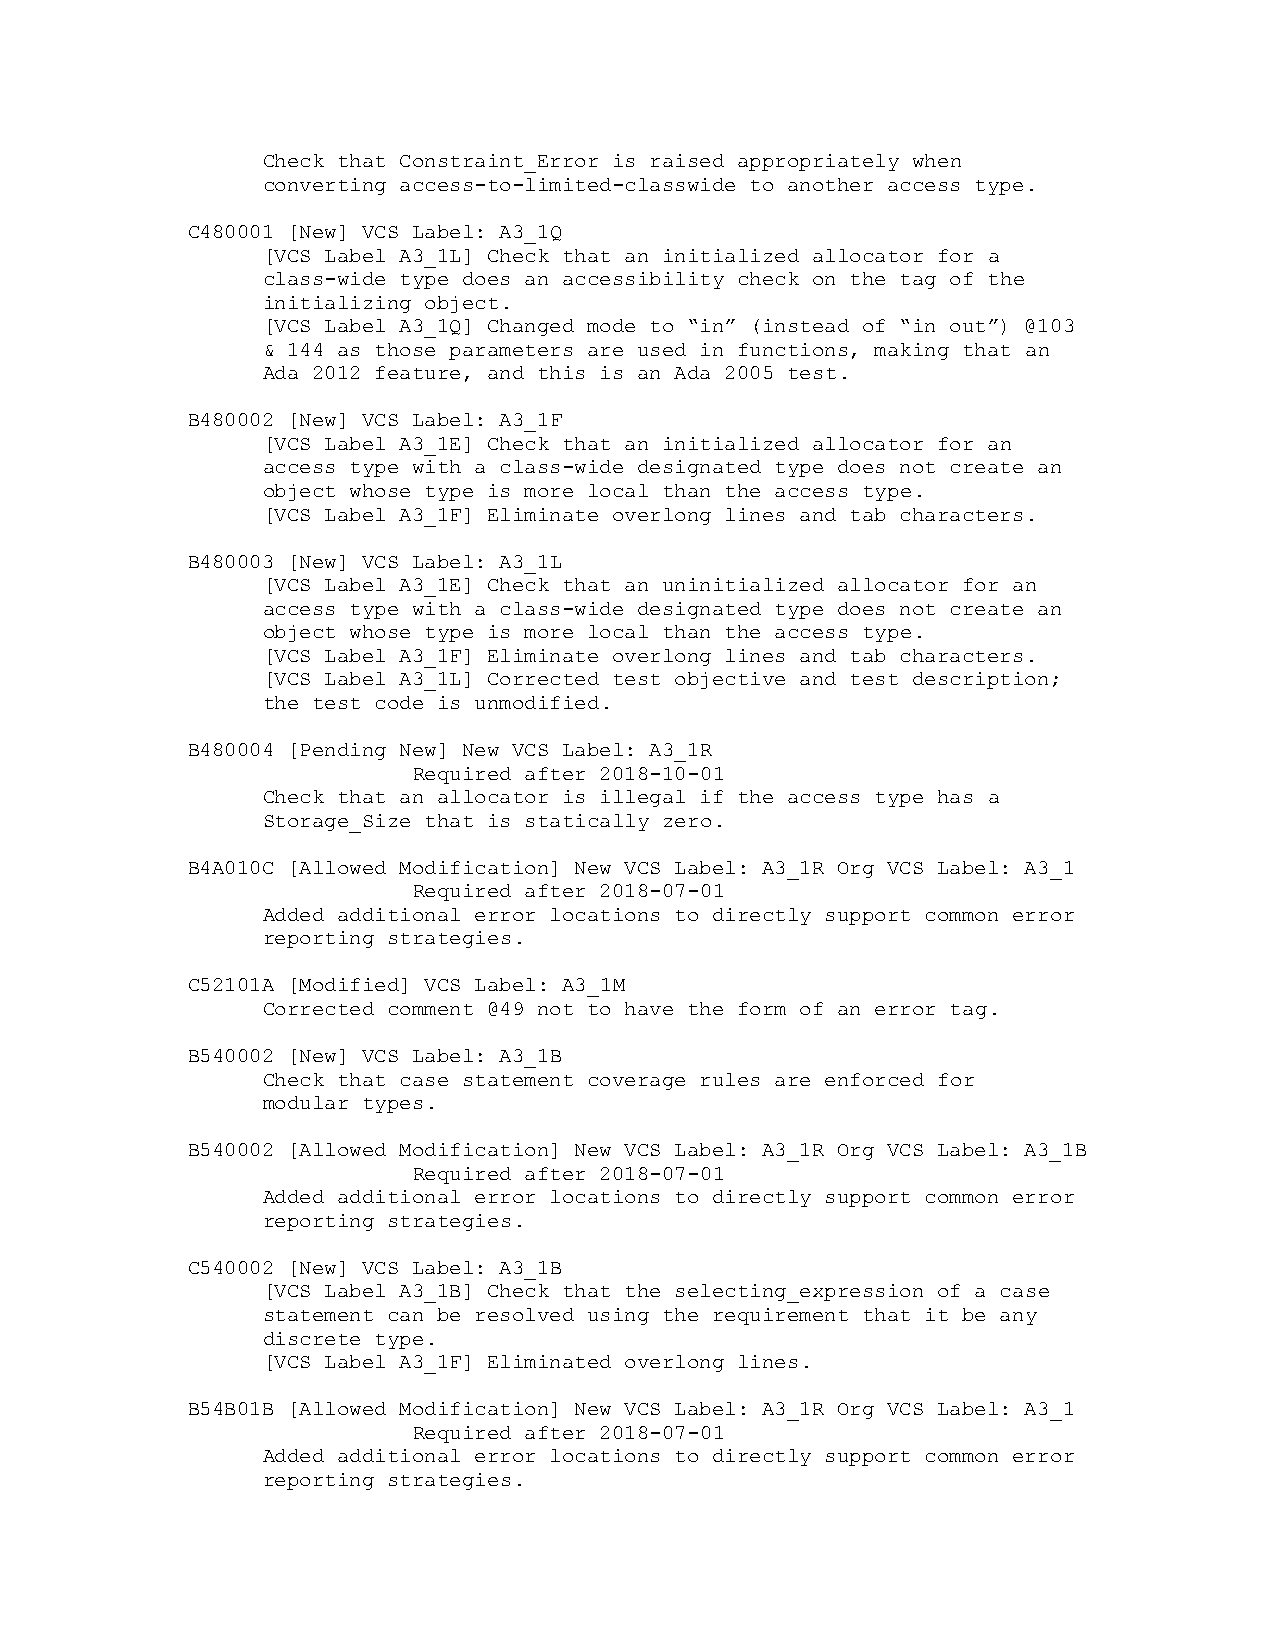
Check that Constraint_Error is raised appropriately when
 converting access-to-limited-classwide to another access type.
 C480001 [New] VCS Label: A3_1Q
 [VCS Label A3_1L] Check that an initialized allocator for a
 class-wide type does an accessibility check on the tag of the
 initializing object.
 [VCS Label A3_1Q] Changed mode to “in” (instead of “in out”) @103
 & 144 as those parameters are used in functions, making that an
 Ada 2012 feature, and this is an Ada 2005 test.
 B480002 [New] VCS Label: A3_1F
 [VCS Label A3_1E] Check that an initialized allocator for an
 access type with a class-wide designated type does not create an
 object whose type is more local than the access type.
 [VCS Label A3_1F] Eliminate overlong lines and tab characters.
 B480003 [New] VCS Label: A3_1L
 [VCS Label A3_1E] Check that an uninitialized allocator for an
 access type with a class-wide designated type does not create an
 object whose type is more local than the access type.
 [VCS Label A3_1F] Eliminate overlong lines and tab characters.
 [VCS Label A3_1L] Corrected test objective and test description;
 the test code is unmodified.
 B480004 [Pending New] New VCS Label: A3_1R
 Required after 2018-10-01
 Check that an allocator is illegal if the access type has a
 Storage_Size that is statically zero.
 B4A010C [Allowed Modification] New VCS Label: A3_1R Org VCS Label: A3_1
 Required after 2018-07-01
 Added additional error locations to directly support common error
 reporting strategies.
 C52101A [Modified] VCS Label: A3_1M
 Corrected comment @49 not to have the form of an error tag.
 B540002 [New] VCS Label: A3_1B
 Check that case statement coverage rules are enforced for
 modular types.
 B540002 [Allowed Modification] New VCS Label: A3_1R Org VCS Label: A3_1B
 Required after 2018-07-01
 Added additional error locations to directly support common error
 reporting strategies.
 C540002 [New] VCS Label: A3_1B
 [VCS Label A3_1B] Check that the selecting_expression of a case
 statement can be resolved using the requirement that it be any
 discrete type.
 [VCS Label A3_1F] Eliminated overlong lines.
 B54B01B [Allowed Modification] New VCS Label: A3_1R Org VCS Label: A3_1
 Required after 2018-07-01
 Added additional error locations to directly support common error
 reporting strategies.